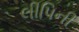
લીપિની